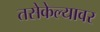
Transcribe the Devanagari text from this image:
तसेकेल्यावर